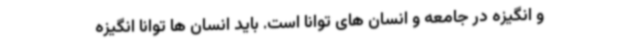
و انگیزه در جامعه و انسان های توانا است. باید انسان ها توانا انگیزه